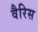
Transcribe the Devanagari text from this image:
वैरिस